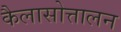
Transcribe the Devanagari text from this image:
कैलासोत्तालन